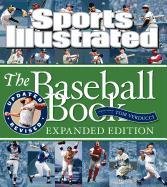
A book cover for Sports Illustrated The Baseball Book Expanded Edition; Editors of Sports Illustrated; Arts & Photography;